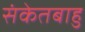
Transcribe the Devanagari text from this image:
संकेतबाहु